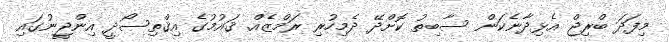
މިފަދަ ބްރިޖް އެޅިދާނެކަން ސާބިތު ކޮށްދޭ ދެމިހުރި ރަމްޒެއް. ޤައުމުގެ އިޤްތިސޯދީ އިންޖީނުގައި